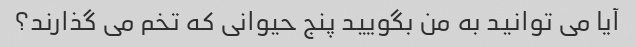
آیا می توانید به من بگویید پنج حیوانی که تخم می گذارند؟